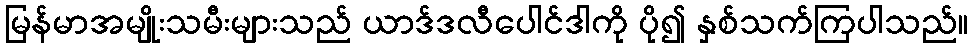
မြန်မာအမျိုးသမီးများသည် ယာဒ်ဒလီပေါင်ဒါကို ပို၍ နှစ်သက်ကြပါသည်။